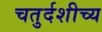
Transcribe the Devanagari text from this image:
चतुर्दशीच्य